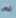
لم